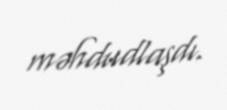
məhdudlaşdı.